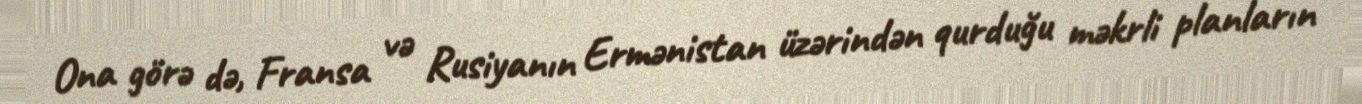
Ona görə də, Fransa və Rusiyanın Ermənistan üzərindən qurduğu məkrli planların